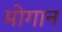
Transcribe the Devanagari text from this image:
मोगान